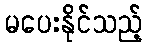
မပေးနိုင်သည့်